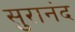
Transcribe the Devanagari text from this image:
सुरानंद